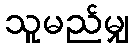
သူမည်မျှ